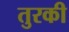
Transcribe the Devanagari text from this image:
तुरकी